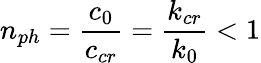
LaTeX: n_{ph}=\frac{c_{0}}{c_{cr}}=\frac{k_{cr}}{k_{0}}<1